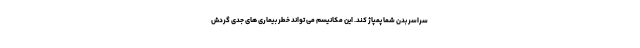
سراسر بدن شما پمپاژ کند. این مکانیسم می تواند خطر بیماری های جدی گردش